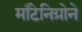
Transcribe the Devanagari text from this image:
माँटेनिग्रोने